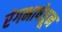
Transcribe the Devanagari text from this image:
रंगभाषेतून